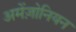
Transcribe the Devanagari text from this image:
अमेंज़ोनियन